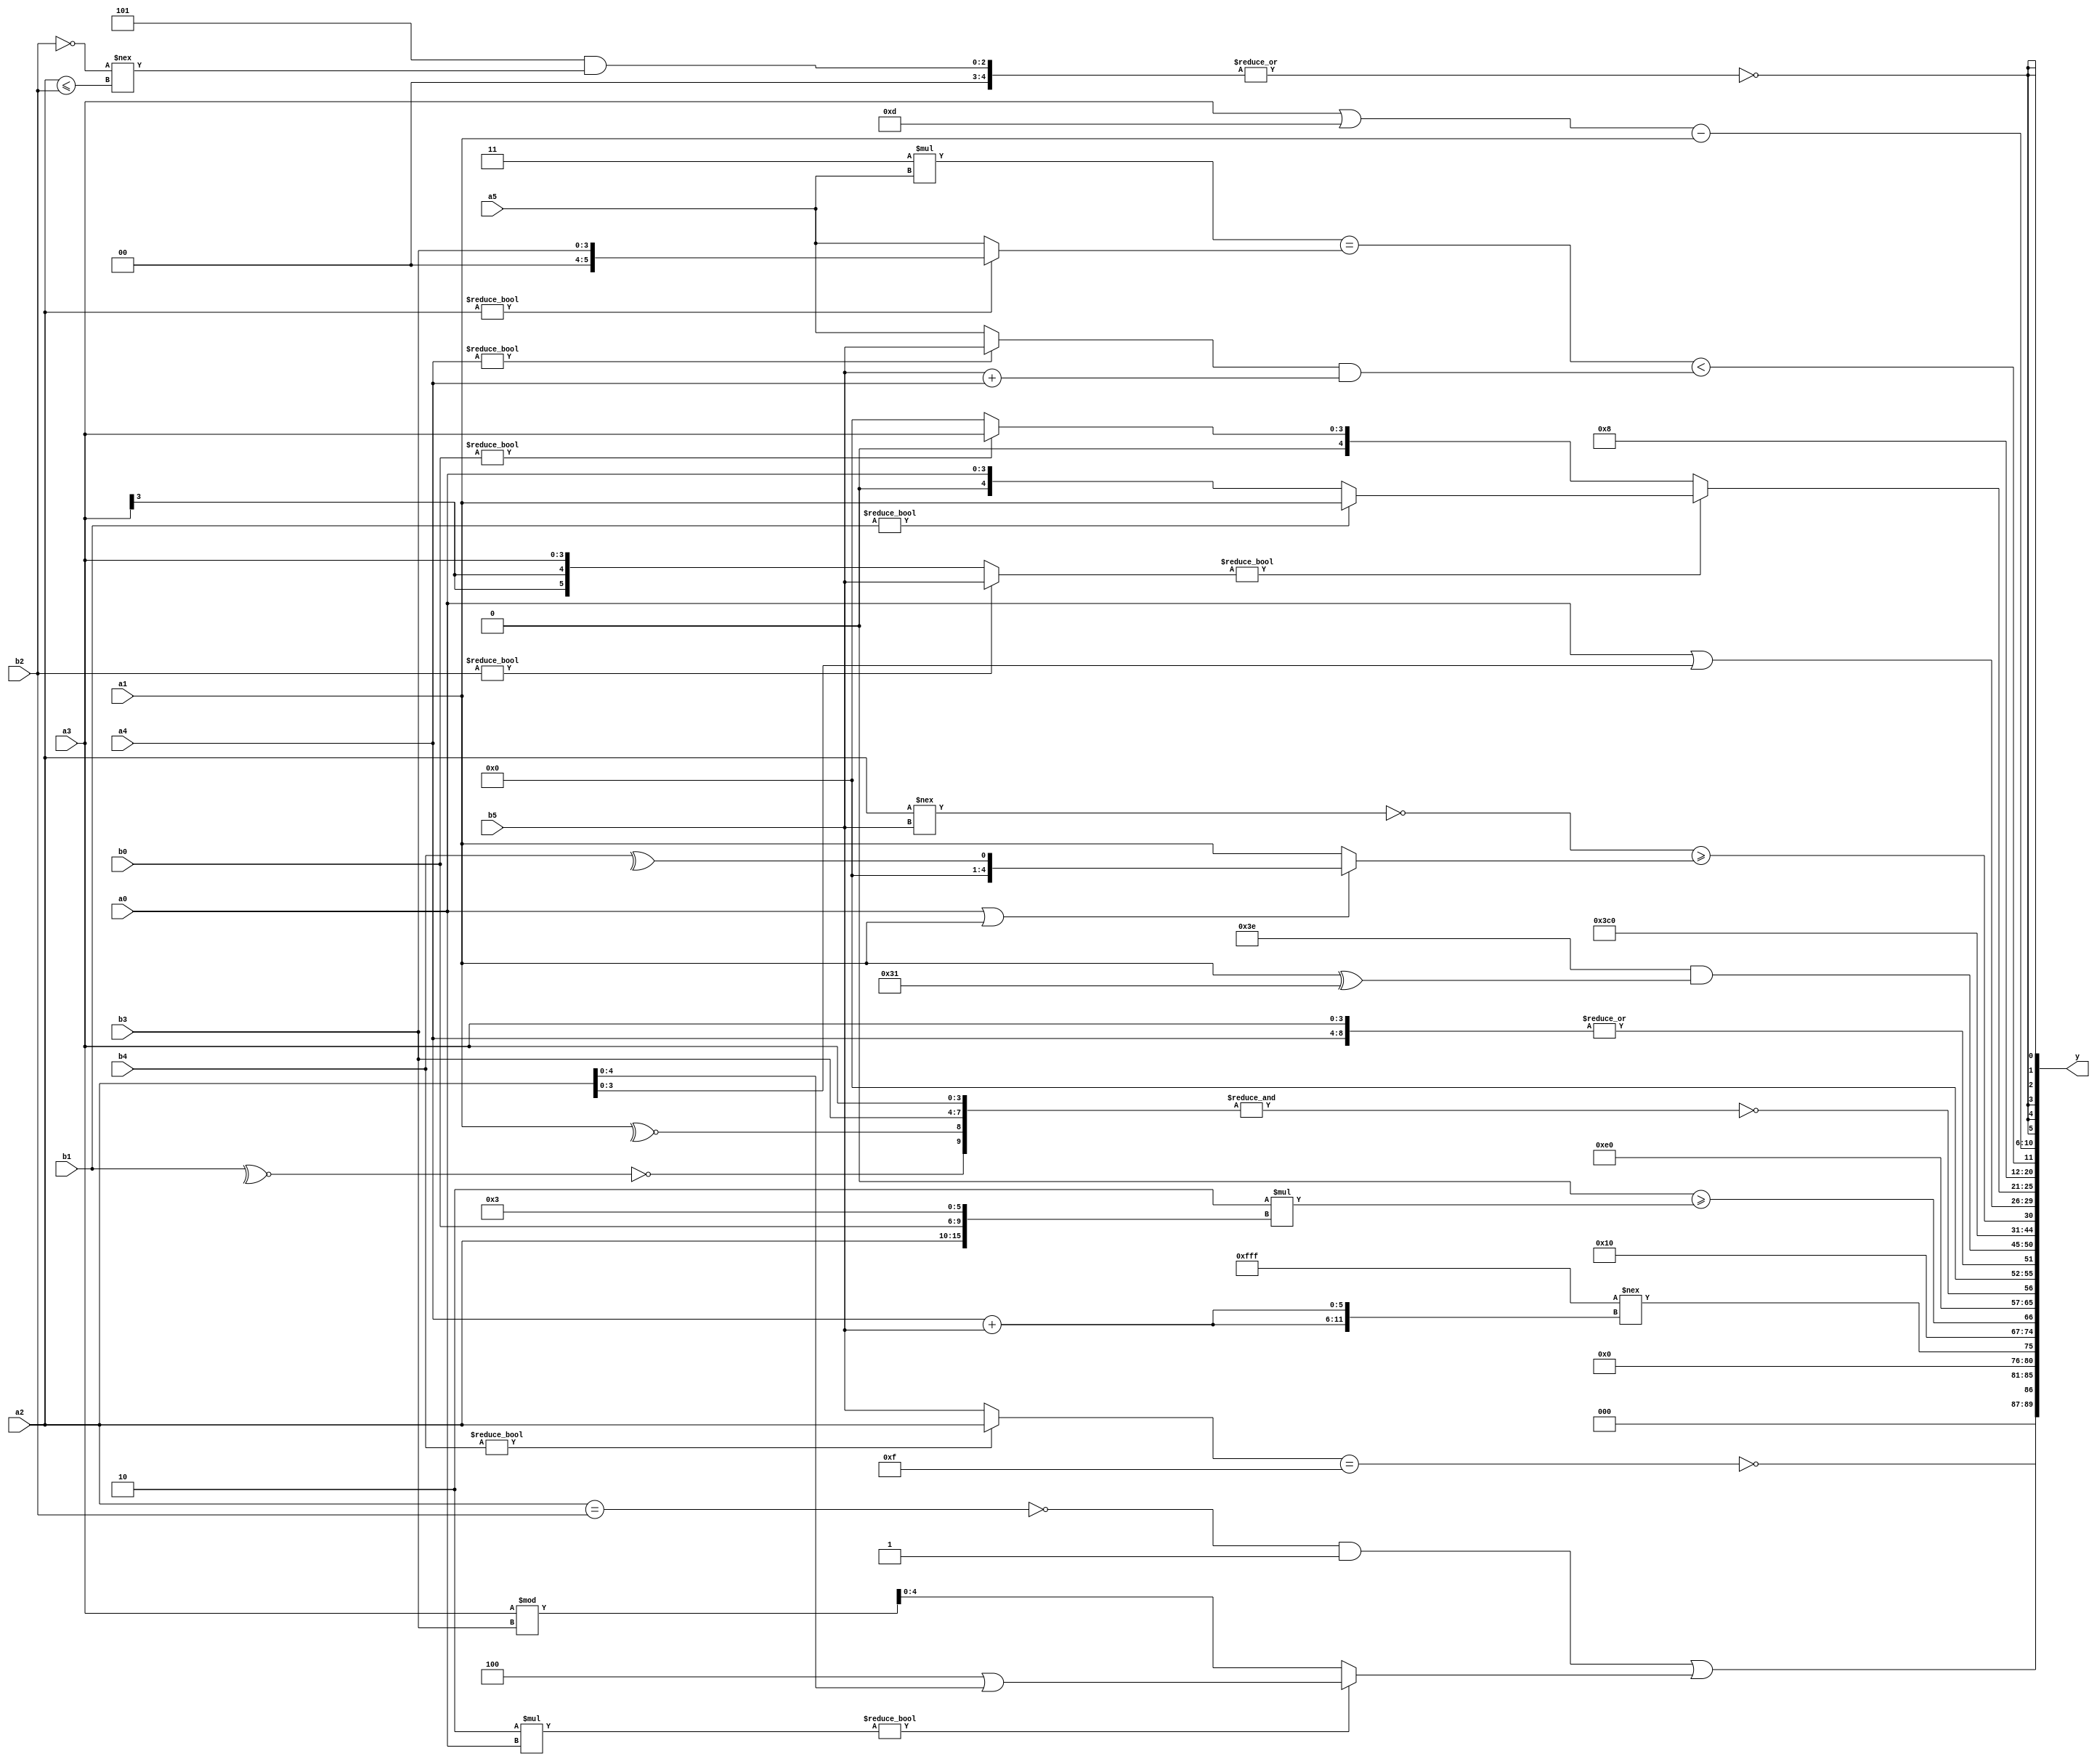
module expression_00987(a0, a1, a2, a3, a4, a5, b0, b1, b2, b3, b4, b5, y);
  input [3:0] a0;
  input [4:0] a1;
  input [5:0] a2;
  input signed [3:0] a3;
  input signed [4:0] a4;
  input signed [5:0] a5;

  input [3:0] b0;
  input [4:0] b1;
  input [5:0] b2;
  input signed [3:0] b3;
  input signed [4:0] b4;
  input signed [5:0] b5;

  wire [3:0] y0;
  wire [4:0] y1;
  wire [5:0] y2;
  wire signed [3:0] y3;
  wire signed [4:0] y4;
  wire signed [5:0] y5;
  wire [3:0] y6;
  wire [4:0] y7;
  wire [5:0] y8;
  wire signed [3:0] y9;
  wire signed [4:0] y10;
  wire signed [5:0] y11;
  wire [3:0] y12;
  wire [4:0] y13;
  wire [5:0] y14;
  wire signed [3:0] y15;
  wire signed [4:0] y16;
  wire signed [5:0] y17;

  output [89:0] y;
  assign y = {y0,y1,y2,y3,y4,y5,y6,y7,y8,y9,y10,y11,y12,y13,y14,y15,y16,y17};

  localparam [3:0] p0 = ((!(4'sd2))*(4'd15));
  localparam [4:0] p1 = {(((3'd3)<(-5'sd9))+{(5'sd11),(3'd7)}),{4{(3'd2)}},(&{(^(-2'sd0)),((-2'sd0)<=(-5'sd0))})};
  localparam [5:0] p2 = (~((3'sd2)>>>(~&(3'd7))));
  localparam signed [3:0] p3 = ({((3'sd2)!=(5'd16)),(!{(4'd3),(3'd4),(5'd12)})}^~((~((-5'sd12)+(5'sd1)))>>(-{(2'd0),(5'sd0),(-2'sd1)})));
  localparam signed [4:0] p4 = {3{(4'd5)}};
  localparam signed [5:0] p5 = (+{2{(4'sd4)}});
  localparam [3:0] p6 = {3{{(3'sd0),(3'sd1),(5'sd12)}}};
  localparam [4:0] p7 = (~^(((+(3'd3))<=((3'sd2)?(5'd9):(-2'sd0)))!={(((4'd13)?(3'd7):(-3'sd0))&((-2'sd1)?(-5'sd10):(3'sd0)))}));
  localparam [5:0] p8 = {{((2'sd1)?(3'sd3):(3'sd0)),{(3'd7)},(&(3'sd2))},{{(5'd22),(3'sd0),(-3'sd2)},((-3'sd3)>(-2'sd1)),{(4'sd3)}}};
  localparam signed [3:0] p9 = {({(~|(3'd7)),((4'd14)?(-3'sd0):(2'sd1))}?((5'sd4)?(-3'sd2):(5'sd4)):(!(~&((4'd9)?(3'd2):(3'd1)))))};
  localparam signed [4:0] p10 = (|(-2'sd1));
  localparam signed [5:0] p11 = {((~&(-2'sd1))?{(5'sd7)}:(-4'sd4)),(+({(2'd3),(3'sd2),(5'd14)}===(2'd3))),(&(^((2'd2)?(2'd1):(5'd25))))};
  localparam [3:0] p12 = ((((-5'sd5)>=(4'd5))>=((-5'sd9)?(-2'sd1):(2'sd1)))>((~|(5'd14))|((-3'sd0)?(-4'sd4):(3'd4))));
  localparam [4:0] p13 = (~&((-2'sd1)?(2'sd1):(4'd1)));
  localparam [5:0] p14 = (((-2'sd1)&&(5'd29))?{(-2'sd0),(3'sd2),(2'd2)}:{(2'd1),(2'sd0)});
  localparam signed [3:0] p15 = (((3'sd1)||(-4'sd1))<<((-4'sd4)>(2'sd0)));
  localparam signed [4:0] p16 = ((((5'sd1)===(3'd0))+(2'sd0))^~{4{(4'd13)}});
  localparam signed [5:0] p17 = (~{3{(-5'sd12)}});

  assign y0 = ($unsigned($unsigned(((b4?a2:b5)==(-p11))))!=((-5'sd9)?(p10):{b3,b5,b4}));
  assign y1 = (((~(a2==b2))&(|(-p17)))|((5'd2 * a0)?(p1|a2):(a3%b3)));
  assign y2 = ((-2'sd1)!=={2{(a4+b5)}});
  assign y3 = (((p12-p4)?{2{p2}}:(b5?a0:p11))>={3{{p6}}});
  assign y4 = ((((p17<<p5)>=(p8>>>p13))>>(4'd2 * (p13||p1)))>=(5'd2 * {a2,b0,p8}));
  assign y5 = {p2,p6};
  assign y6 = (~^(&{(~|(~^b1)),(|(~^a1)),{a3,b3}}));
  assign y7 = {{1{(|(+{p7,a3,a4}))}}};
  assign y8 = {((-5'sd2)&$unsigned((a1^p11)))};
  assign y9 = {3{p12}};
  assign y10 = ((p9?p6:p14)?(~p13):(p8?a2:p8));
  assign y11 = (({1{(^p16)}}!=(a2!==b5))>=((a0||a1)?(^b4):(+a1)));
  assign y12 = {(a0|a2)};
  assign y13 = ((b2?b5:a3)?(b1?a1:a0):(b0?a3:p12));
  assign y14 = (~^({(~|p11),(p14?p4:p5)}?(p6?p6:p6):(|(a2?p16:p11))));
  assign y15 = (((p8*a5)==(a2?b3:a5))<((a4?b5:a5)&(b5+a4)));
  assign y16 = {{2{(a5>>b1)}},((a3||p3)-{b1,a5,a1})};
  assign y17 = $signed((~|((5'sd5)&((~b2)!==(a2<=b2)))));
endmodule